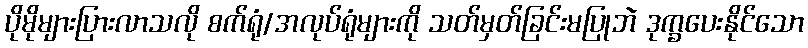
ပိုမိုများပြားလာသလို စက်ရုံ/အလုပ်ရုံများကို သတ်မှတ်ခြင်းမပြုဘဲ ဒုက္ခပေးနိုင်သော